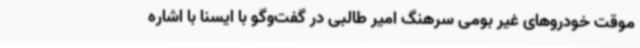
موقت خودروهای غیر بومی سرهنگ امیر طالبی در گفت‌وگو با ایسنا با اشاره